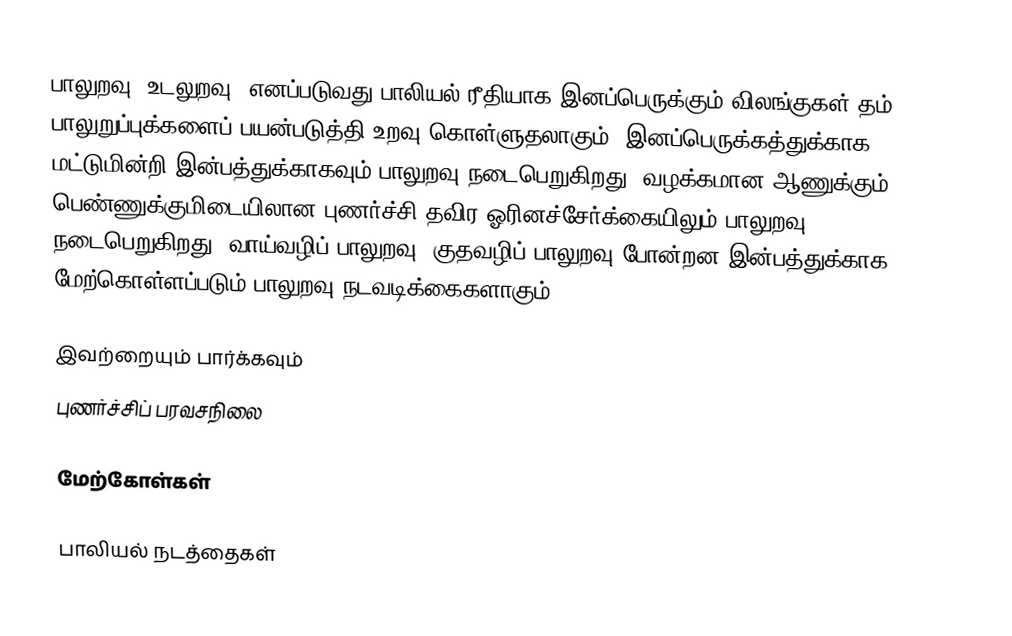
பாலுறவு (உடலுறவு) எனப்படுவது பாலியல் ரீதியாக இனப்பெருக்கும் விலங்குகள் தம் பாலுறுப்புக்களைப் பயன்படுத்தி உறவு கொள்ளுதலாகும். இனப்பெருக்கத்துக்காக மட்டுமின்றி இன்பத்துக்காகவும் பாலுறவு நடைபெறுகிறது. வழக்கமான ஆணுக்கும் பெண்ணுக்குமிடையிலான புணர்ச்சி தவிர ஓரினச்சேர்க்கையிலும் பாலுறவு நடைபெறுகிறது. வாய்வழிப் பாலுறவு, குதவழிப் பாலுறவு போன்றன இன்பத்துக்காக மேற்கொள்ளப்படும் பாலுறவு நடவடிக்கைகளாகும்.

இவற்றையும் பார்க்கவும்
 புணர்ச்சிப் பரவசநிலை

மேற்கோள்கள்

பாலியல் நடத்தைகள்